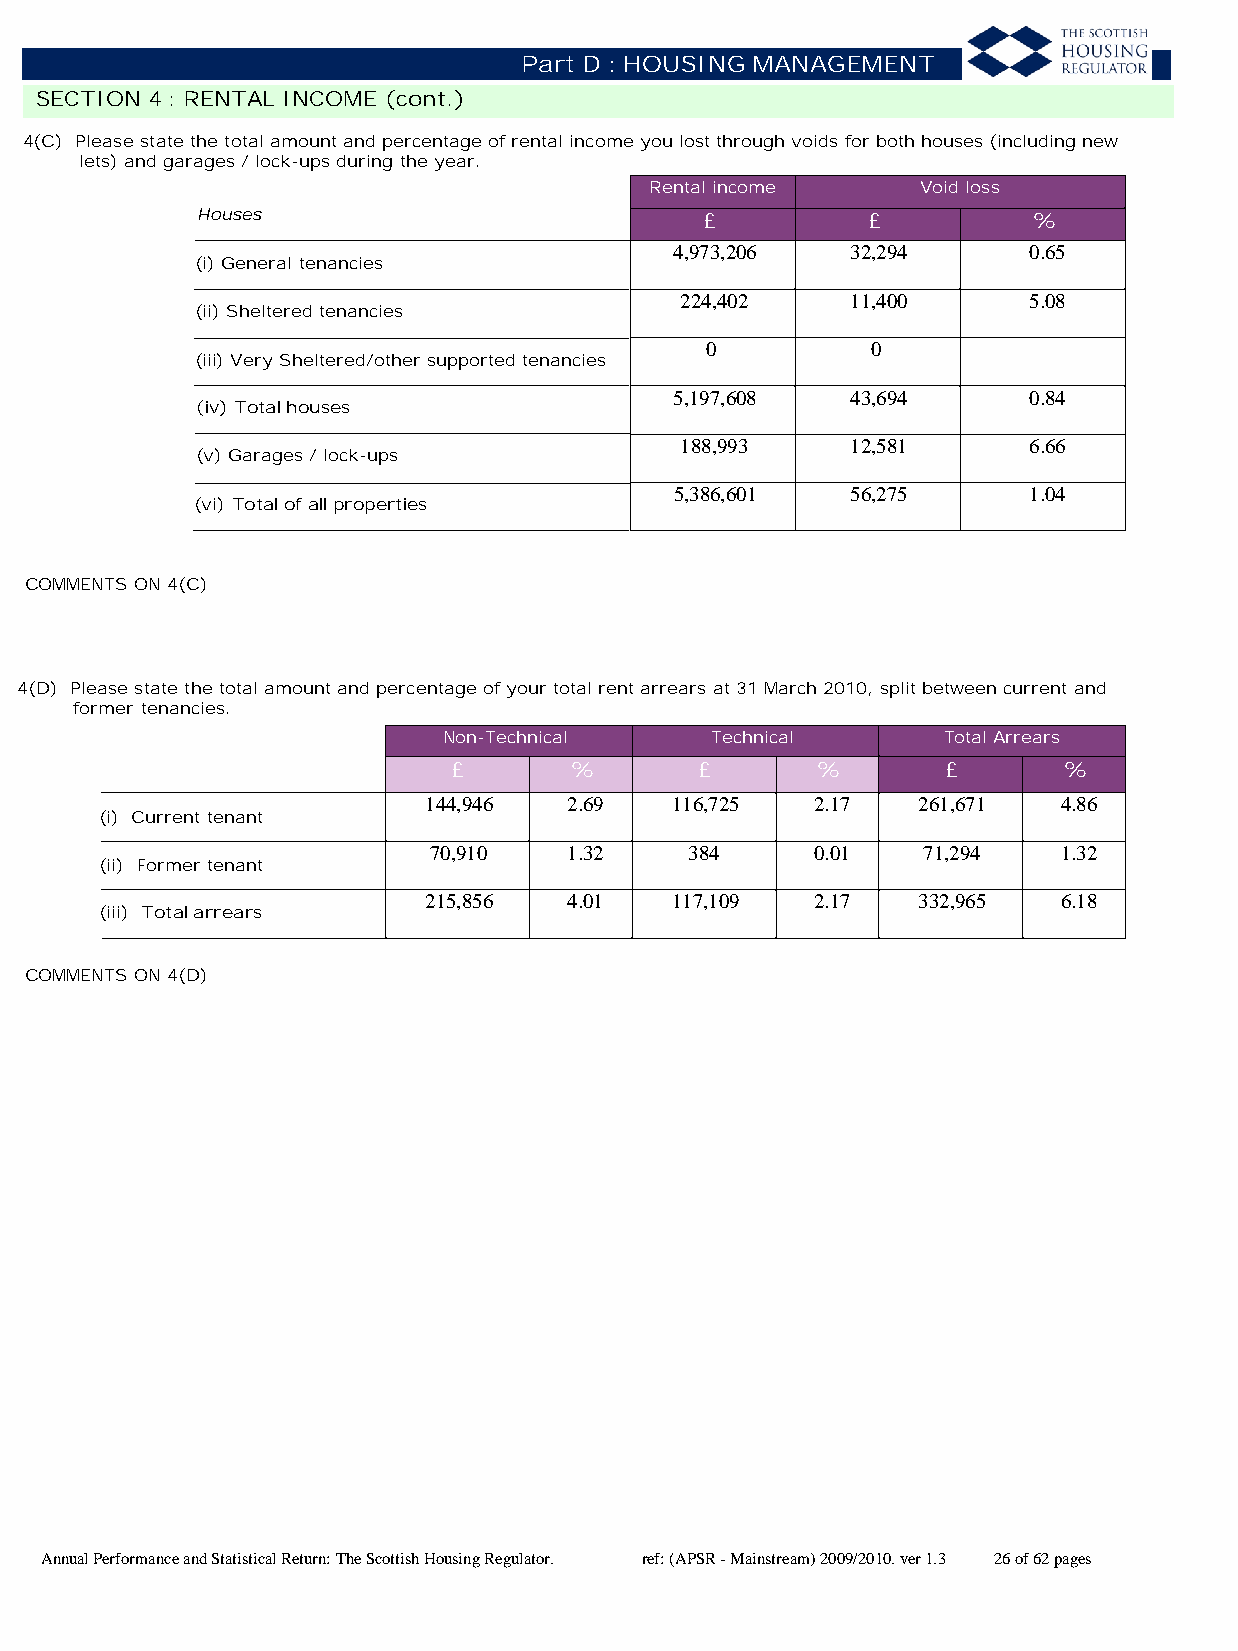
Part D : HOUSING MANAGEMENT
 SECTION 4 : RENTAL INCOME (cont.)
 4(C) Please state the total amount and percentage of rental income you lost through voids for both houses (including new
 lets) and garages / lock-ups during the year.
 Rental income     Void loss
 Houses                            £         £          %
 4,973,206  32,294      0.65
 (i) General tenancies
 224,402    11,400      5.08
 (ii) Sheltered tenancies
 0          0
 (iii) Very Sheltered/other supported tenancies
 5,197,608  43,694      0.84
 (iv) Total houses
 188,993    12,581      6.66
 (v) Garages / lock-ups
 5,386,601  56,275      1.04
 (vi) Total of all properties
 COMMENTS ON 4(C)
 4(D) Please state the total amount and percentage of your total rent arrears at 31 March 2010, split between current and
 former tenancies.
 Non-Technical     Technical      Total Arrears
 £       %       £       %        £      %
 144,946   2.69  116,725   2.17   261,671  4.86
 (i) Current tenant
 70,910    1.32    384     0.01   71,294   1.32
 (ii) Former tenant
 215,856   4.01  117,109   2.17   332,965  6.18
 (iii) Total arrears
 COMMENTS ON 4(D)
 Annual Performance and Statistical Return: The Scottish Housing Regulator. ref: (APSR - Mainstream) 2009/2010. ver 1.3 26 of 62 pages